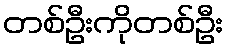
တစ်ဦးကိုတစ်ဦး